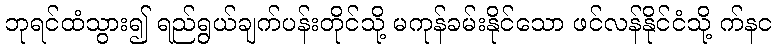
ဘုရင်ထံသွား၍ ရည်ရွယ်ချက်ပန်းတိုင်သို့ မကုန်ခမ်းနိုင်သော ဖင်လန်နိုင်ငံသို့ က်နင